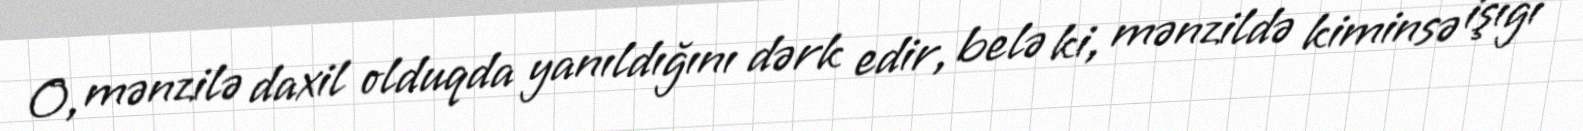
O, mənzilə daxil olduqda yanıldığını dərk edir, belə ki, mənzildə kiminsə işığı